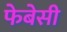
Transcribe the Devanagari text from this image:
फेबेसी